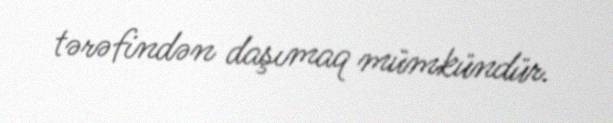
tərəfindən daşımaq mümkündür.